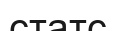
статс